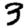
Digit: 3